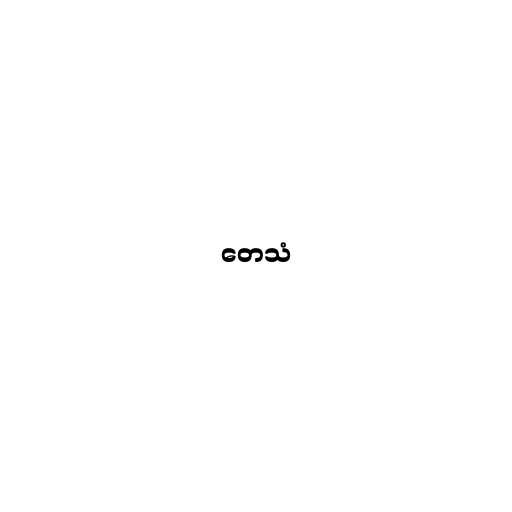
တေသံ